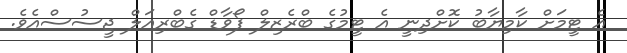
އެ ޓީމަށް ކާމިޔާބު ކޮށްދިނީ އެ ޓީމުގެ ބްރެޒިލް ފޯވާޑް ގެބްރިއަލް ޖީސުސްއެވެ.